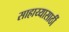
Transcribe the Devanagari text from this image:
साहाय्यासाठीं